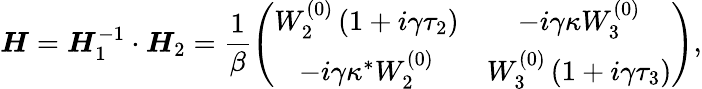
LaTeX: \boldsymbol{H}=\boldsymbol{H}_{1}^{-1}\cdot\boldsymbol{H}_{2}=\frac{1}{\beta}\left(\begin{array}{cc}{W_{2}^{(0)}\left(1+i\gamma\tau_{2}\right)}&{-i\gamma\kappa W_{3}^{(0)}}\\ {-i\gamma\kappa^{*}W_{2}^{(0)}}&{W_{3}^{(0)}\left(1+i\gamma\tau_{3}\right)}\end{array}\right),